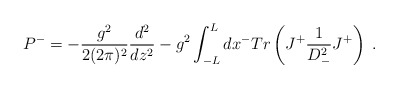
\begin{align*}P^- = -{g^2 \over 2(2 \pi )^2} {d^2 \over dz^2} -g^2\int _{-L} ^L dx^- Tr \left( J ^+ {1 \over D_-^2} J^+\right)\; .\end{align*}